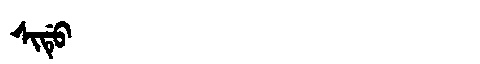
Manchu: ᠰᡳᡩᡠ
Romanization: SIDU